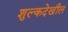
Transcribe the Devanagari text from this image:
शुल्कदेखील